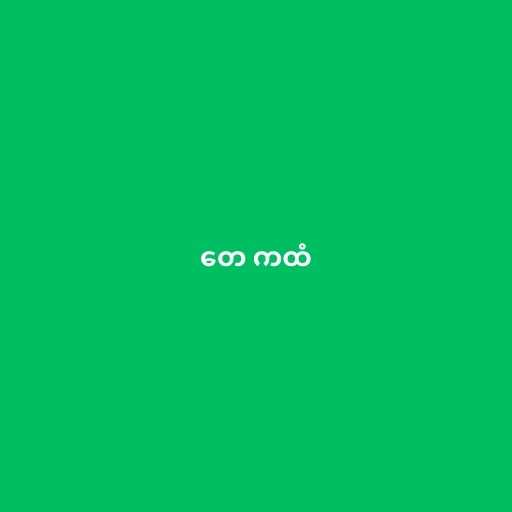
တေ ကထံ